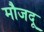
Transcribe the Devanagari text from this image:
मौजदू